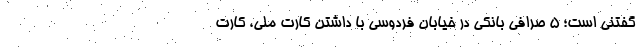
گفتنی است؛ ۵ صرافی بانکی در خیابان فردوسی با داشتن کارت ملی، کارت